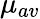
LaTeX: \mu_{av}